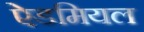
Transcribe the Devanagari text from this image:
ऐडमियल